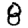
Digit: 8